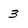
Character: 3